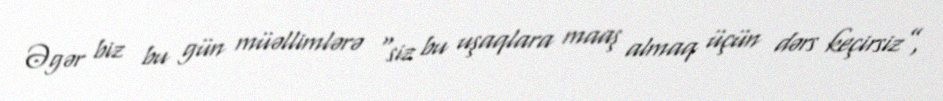
Əgər biz bu gün müəllimlərə “siz bu uşaqlara maaş almaq üçün dərs keçirsiz”,